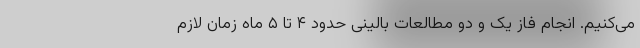
می‌کنیم. انجام فاز یک و دو مطالعات بالینی حدود ۴ تا ۵ ماه زمان لازم